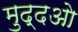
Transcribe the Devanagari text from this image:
मुद्दओ